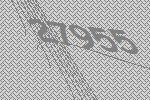
27955